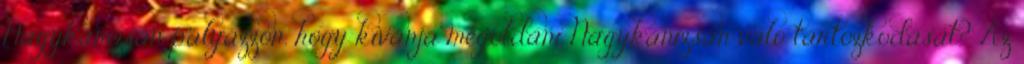
Nagykanizsán pályázzon, hogy kívánja megoldani Nagykanizsán való tartózkodását? Az